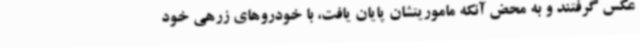
عکس گرفتند و به محض آنکه ماموریتشان پایان یافت، با خودروهای زرهی خود